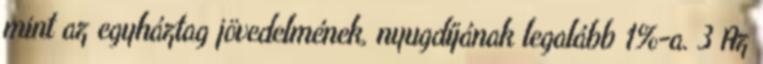
mint az egyháztag jövedelmének, nyugdíjának legalább 1%-a. 3 Az